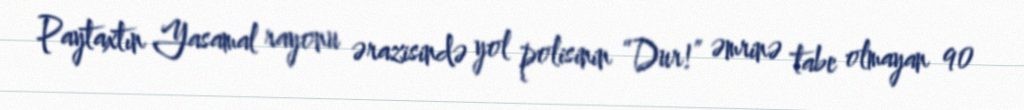
Paytaxtın Yasamal rayonu ərazisində yol polisinin “Dur!” əmrinə tabe olmayan 90